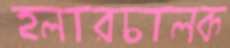
হলারচালক